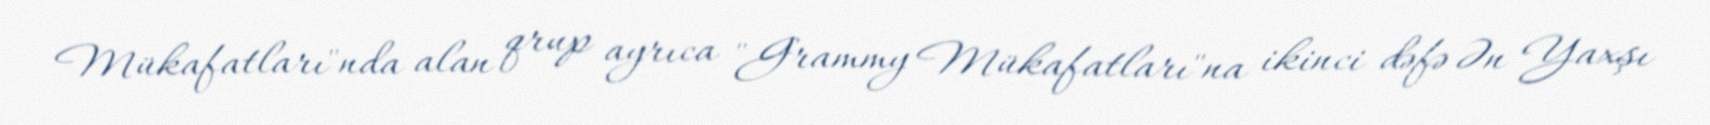
Mükafatları"nda alan qrup ayrıca "Grammy Mükafatları"na ikinci dəfə Ən Yaxşı